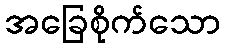
အခြေစိုက်သော